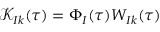
\mathcal { K } _ { I k } ( \tau ) = \Phi _ { I } ( \tau ) W _ { I k } ( \tau )